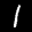
Label: 1